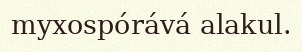
myxospórává alakul.